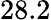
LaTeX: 28.2